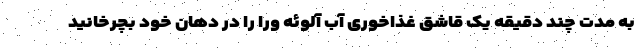
به مدت چند دقیقه یک قاشق غذاخوری آب آلوئه ورا را در دهان خود بچرخانید